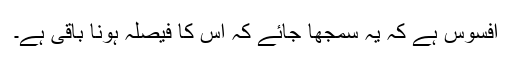
افسوس ہے کہ یہ سمجھا جائے کہ اس کا فیصلہ ہونا باقی ہے۔